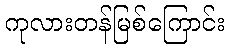
ကုလားတန်မြစ်ကြောင်း